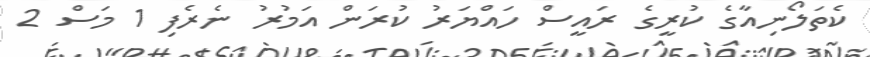
ކެތަލޯނިއާގެ ކުރީގެ ރައީސް ހައްޔަރު ކުރަން އަމުރު ނެރެފި 1 މަސް 2